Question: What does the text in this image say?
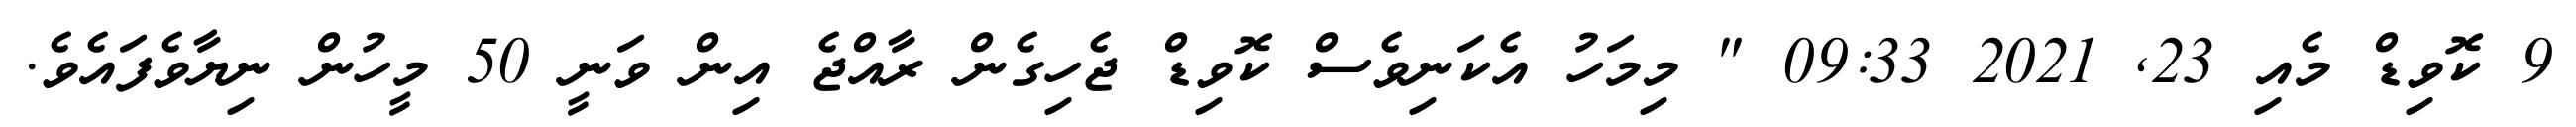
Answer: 9 ކޮވިޑް މެއި 23, 2021 09:33 " މިމަހު އެކަނިވެސް ކޮވިޑް ޖެހިގެން ރާއްޖެ އިން ވަނީ 50 މީހުން ނިޔާވެފައެވެ.